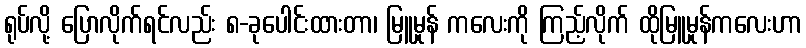
ရုပ်လို့ ပြောလိုက်ရင်လည်း ၈-ခုပေါင်းထားတာ၊ မြူမှုန် ကလေးကို ကြည့်လိုက် ထိုမြူမှုန်ကလေးဟာ